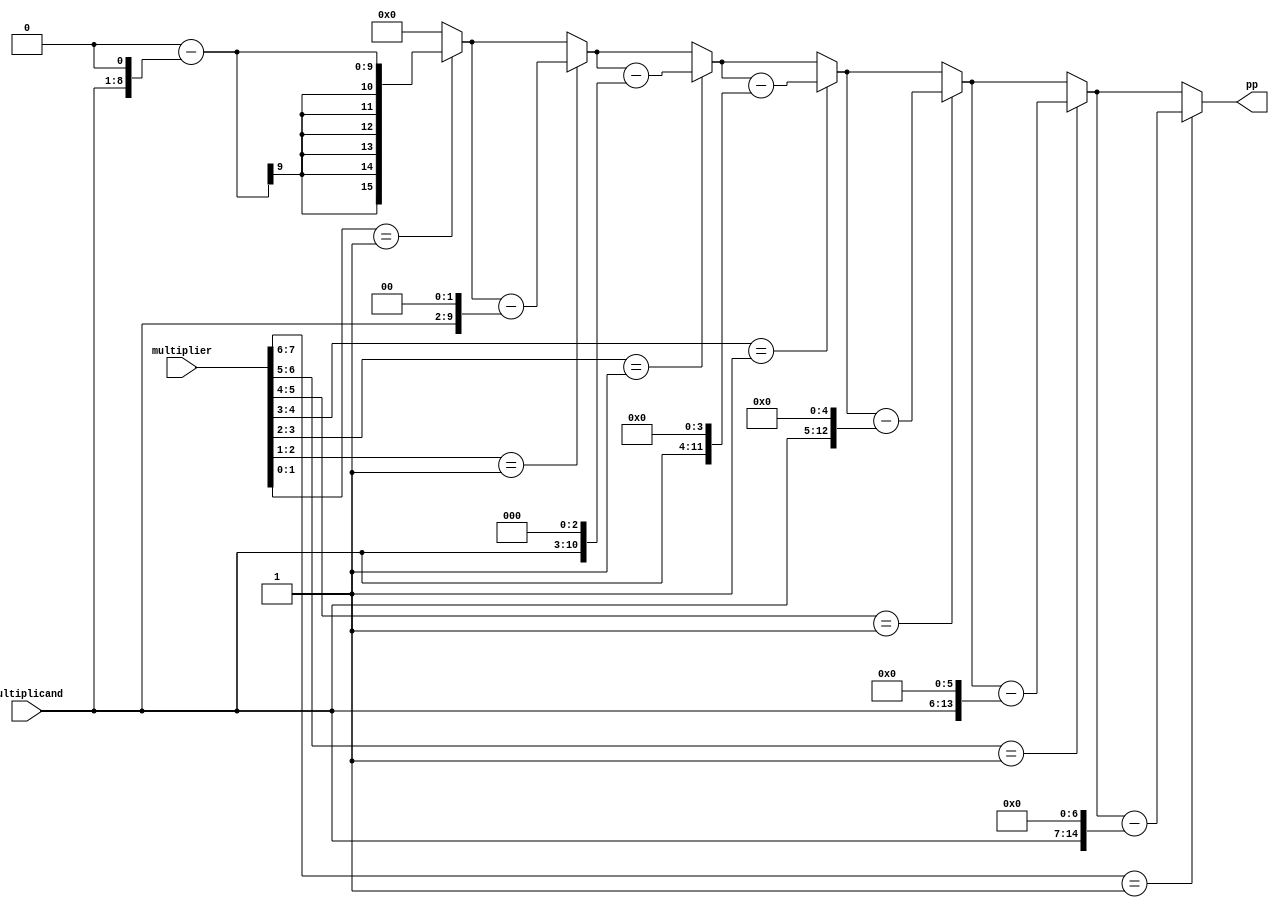
module booth_encoder(
    input [N-1:0] multiplier,
    input [N-1:0] multiplicand,
    output reg [2*N-1:0] pp
);
    parameter N = 8;  // Bit-width of the inputs
    reg [1:0] prev_bit;  // Holds the previous bit for booth encoding

    integer i;
    always @* begin
        prev_bit = 2'b0;  // Initialize previous bit
        pp = 0;  // Initialize partial product
        for (i = 0; i < N; i = i + 1) begin
            case ({multiplier[i], prev_bit})
                2'b01: pp = pp + (multiplicand << i);   // + multiplicand
                2'b10: pp = pp - (multiplicand << i);   // - multiplicand
                default: ;
            endcase
            prev_bit = {multiplier[i], prev_bit[0]};  // Update previous bit
        end
    end
endmodule